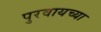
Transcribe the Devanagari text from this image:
पुरवायच्या